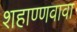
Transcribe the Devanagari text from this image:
शहाण्णवावा